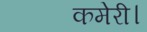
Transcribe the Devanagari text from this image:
कमेरी।